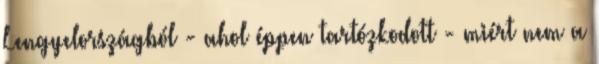
Lengyelországból - ahol éppen tartózkodott - miért nem a